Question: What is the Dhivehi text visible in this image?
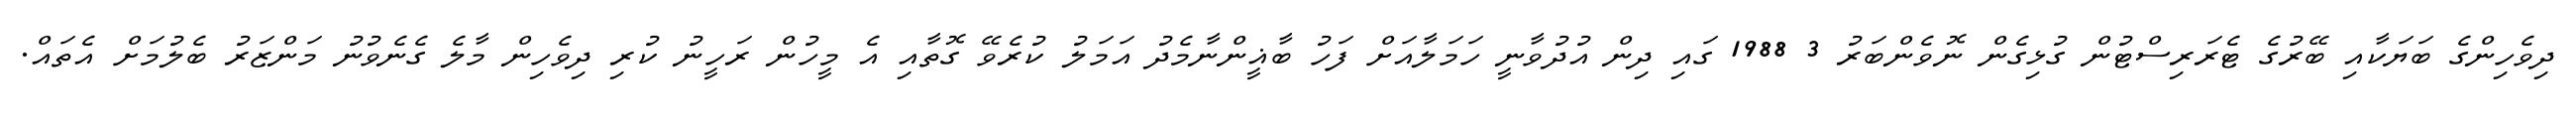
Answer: ދިވެހިންގެ ބަޔަކާއި ބޭރުގެ ޓެރަރިސްޓުން ގުޅިގެން ނޮވެންބަރު 3 1988 ގައި ދިން އުދުވާނީ ހަމަލާއަށް ފަހު ބާޣީންނާމެދު އަމަލު ކުރެވޭ ގޮތާއި އެ މީހުން ރަހީނު ކުރި ދިވެހިން މާލެ ގެނެވުނު މަންޒަރު ބެލުމަށް އެތައް.